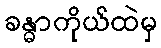
ခန္ဓာကိုယ်ထဲမှ